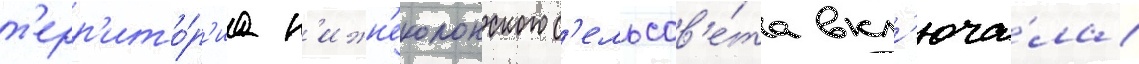
т'ерр'ито́р'иа н'ижн'еколонского с'ельсов'е́та вкл'юча́ла